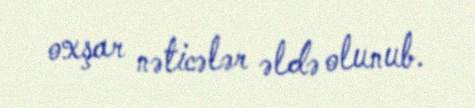
oxşar nəticələr əldə olunub.